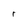
Character: r